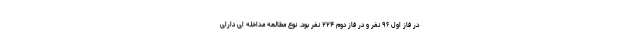
در فاز اول ۹۶ نفر و در فاز دوم ۲۲۴ نفر بود. نوع مطالعه مداخله ای دارای